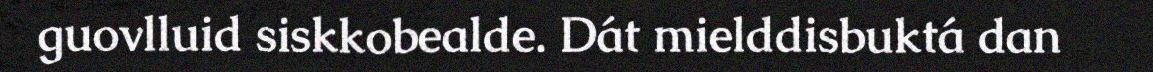
guovlluid siskkobealde. Dát mielddisbuktá dan